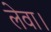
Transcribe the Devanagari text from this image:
लेवा।